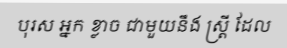
បុរស ឣ្នក ខ្លាច ជាមួយនឹង ស្ត្រី ដែល